Vaccination Hyderabad 1872-1889 - 1872-1889
Year: 1872
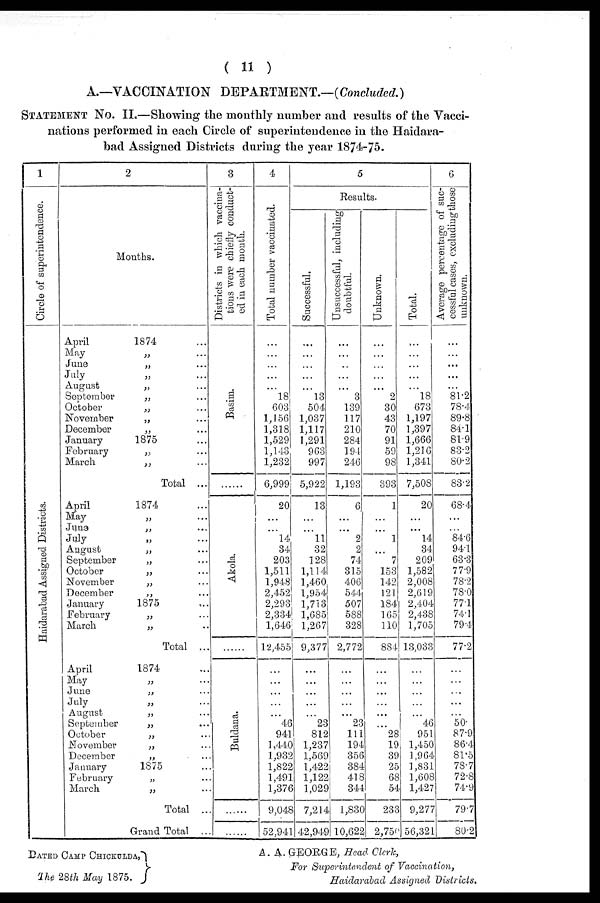
( 11 )
A.—VACCINATION
DEPARTMENT.—(Concluded.)
STATEMENT NO. II.—Showing the monthly number and results of the Vacci-
nations performed in each Circle of superintendence in the Haidara-
bad Assigned Districts during the year 1874-75.
1
Circle of superintendence.
Haidarabad Assigned Districts.
2
Months.
April
1874
May
„ ...
June
„ ...
July
„ ...
August
„ ...
September
„ ...
October
„ ...
November
„ ...
December
„ ...
January
1875 ...
February
„ ...
March
„ ...
Total ...
April
1874 ...
May „ ...
June
„ ...
July
„ ...
August
„ ...
September
„ ...
October
„ ...
November
„
...
December
„ ...
January
1875
...
February
„ ...
March
„ ...
Total ...
April
1874 ...
May „ ...
June
„ ...
July
„ ...
August
„ ...
September
„ ...
October
„ ...
November
„ ...
December
„ ...
January
1875 ...
February
„ ...
March
„ ...
Total ...
Grand Total ...
3
Districts in which vaccina-
tions were chiefly conduct-
ed in each month.
Basim.
......
Akola.
......
Buldana.
......
......
4
Total number vaccinated.
...
...
...
...
...
18
603
1,156
1,318
1,529
1,143
1,232
6,999
20
...
...
14
34
203
1,511
1,948
2,452
2,293
2,334
l,646
12,455
...
...
...
...
46
941
1,440
1,932
1,822
1,491
1,376
9,048
52,941
5
Results.
Successful.
...
...
...
...
...
13
504
1,037
1,117
1,291
963
997
5,922
13
...
...
11
32
128
1,114
1,460
1,954
1,713
1,685
1,267
9,377
...
...
...
...
...
23
812
1,237
1,569
1,422
1,122
1,029
7,214
42,949
Unsuccessful, including
doubtful.
...
...
...
...
...
3
139
117
210
284
194
246
1,193
6
...
...
2
2
74
315
406
544
507
588
328
2,772
...
...
...
...
...
23
111
194
356
384
418
344
1,830
10,622
Unknown.
...
...
...
...
...
2
30
43
70
91
59
98
393
1
...
...
1
...
7
153
142
121
184
165
110
884
...
...
...
...
...
...
28
19
39
25
68
54
233
2,750
Total.
...
...
...
...
...
18
673
1,197
1,397
1,666
1,216
1,341
7,508
20
...
...
14
34
209
l,582
2,008
2,619
2,404
2,438
1,705
13,033
...
...
...
...
...
46
951
1,450
1,964
1,831
1,608
1,427
9,277
56,321
6
Average percentage of suc-
cessful cases, excluding those
unknown.
...
...
...
...
...
81.2
78.4
89.8
84.1
81.9
83.2
80.2
83.2
68.4
...
...
84.6
94.1
63.3
77.9
78.2
78.0
77.1
74.1
79.4
77.2
...
...
...
...
...
50.
87.9
86.4
81.5
78.7
72.8
74.9
79.7
80.2
DATED CAMP CHICKULDA,
The 28th May 1875.
A. A. GEORGE, Head Clerk,
For Superintendent of Vaccination,
Haidarabad Assigned Districts,